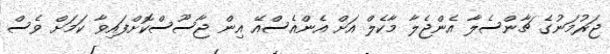
ޖަރުމަނުގެ ޗާންސެލާ އެންޖެލާ މާކެލް އަށް އެންއެސްއޭ އިން ޖާސޫސްކޮށްފައިވާ ކަމަށް ވެސް